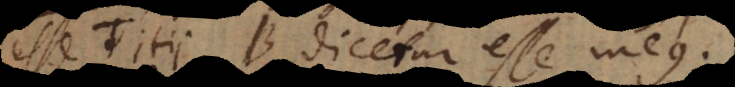
sse Titii, B dicetur esse meus.